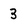
Character: 3